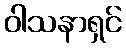
ဝါသနာရှင်